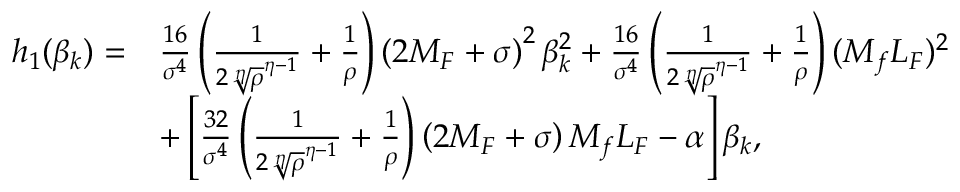
\begin{array} { r l } { h _ { 1 } ( \beta _ { k } ) = } & { \frac { 1 6 } { \sigma ^ { 4 } } \left( \frac { 1 } { 2 { \sqrt [ \eta ] { \rho } } ^ { \eta - 1 } } + \frac { 1 } { \rho } \right) \left( 2 M _ { F } + \sigma \right) ^ { 2 } \beta _ { k } ^ { 2 } + \frac { 1 6 } { \sigma ^ { 4 } } \left( \frac { 1 } { 2 { \sqrt [ \eta ] { \rho } } ^ { \eta - 1 } } + \frac { 1 } { \rho } \right) ( M _ { f } L _ { F } ) ^ { 2 } } \\ & { + \left[ \frac { 3 2 } { \sigma ^ { 4 } } \left( \frac { 1 } { 2 { \sqrt [ \eta ] { \rho } } ^ { \eta - 1 } } + \frac { 1 } { \rho } \right) \left( 2 M _ { F } + \sigma \right) M _ { f } L _ { F } - { \alpha } \right] \beta _ { k } , } \end{array}